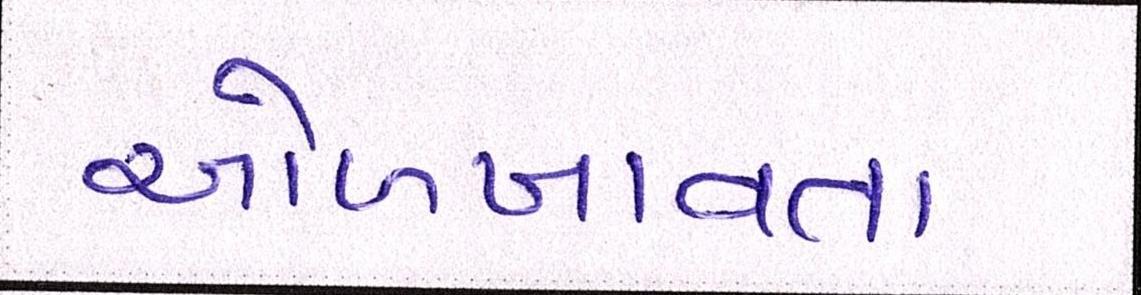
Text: ઓળખાવતા